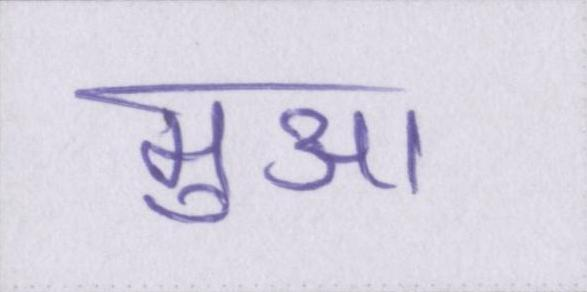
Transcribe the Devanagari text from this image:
मुआ